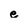
Character: e